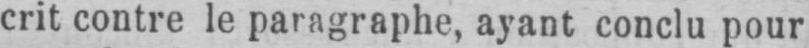
crit contre le paragraphe, ayant conclu pour